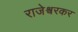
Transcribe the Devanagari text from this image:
राजेश्वरकर